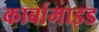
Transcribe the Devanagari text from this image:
कार्बामाइड